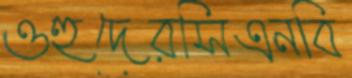
ওহুদেরসিএনবি